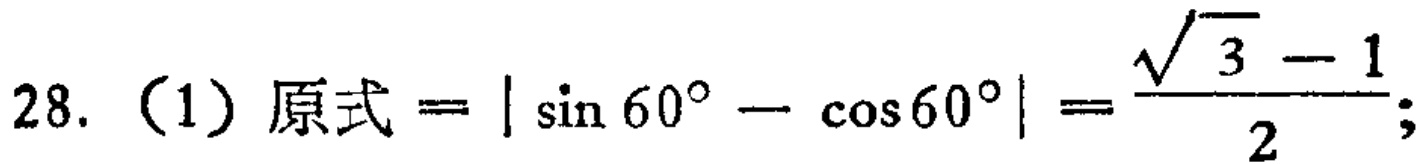
28.（1）原式$=|\sin 60^{\circ}-\cos 60^{\circ}|=\frac{\sqrt{3}-1}{2}$;